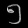
Digit: ၅